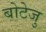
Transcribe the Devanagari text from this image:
बोटेजु